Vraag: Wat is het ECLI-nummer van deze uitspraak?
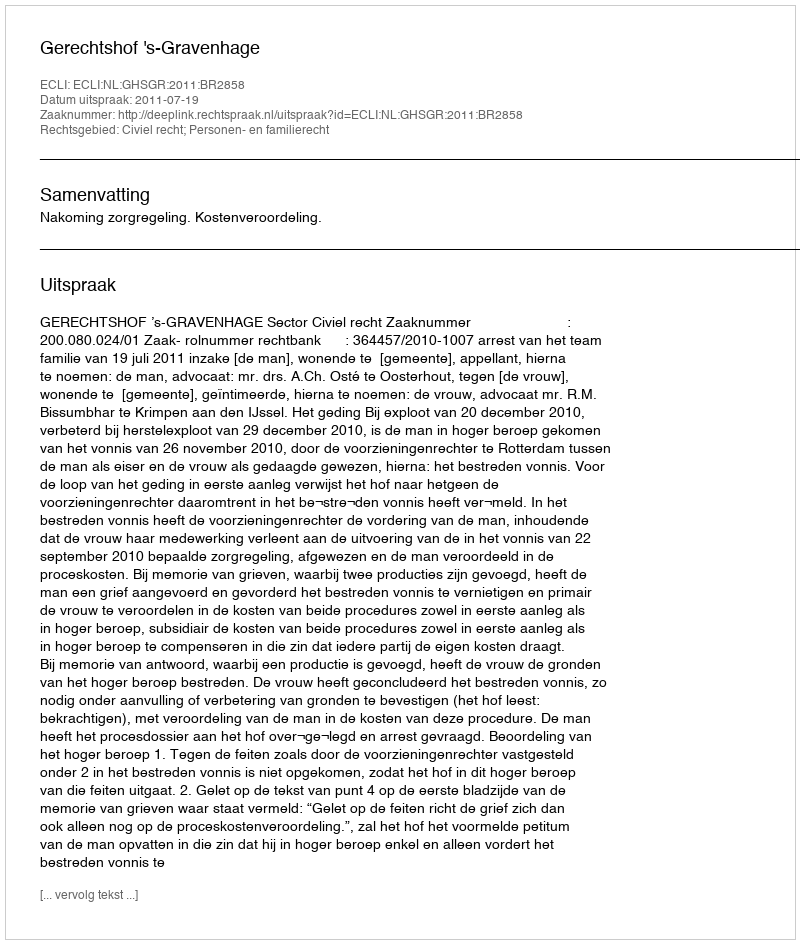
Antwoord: ECLI:NL:GHSGR:2011:BR2858